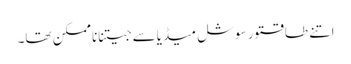
اتنے طاقتور سوشل میڈیاسے جیتناناممکن تھا۔